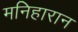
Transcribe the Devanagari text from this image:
मनिहारान